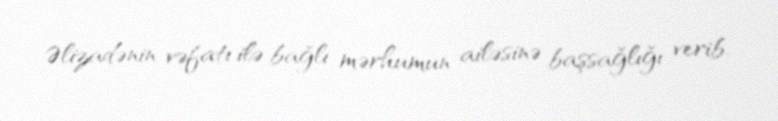
Əlizadənin vəfatı ilə bağlı mərhumun ailəsinə başsağlığı verib.